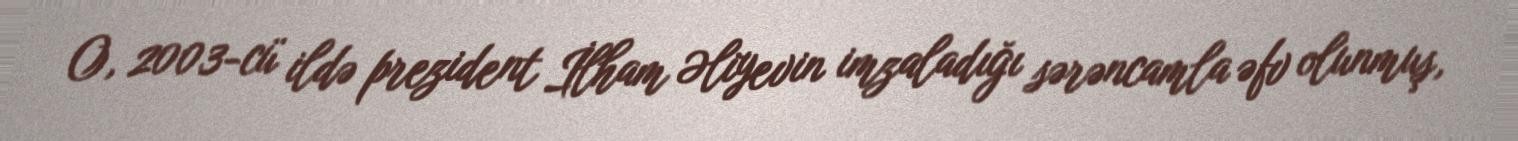
O, 2003-cü ildə prezident İlham Əliyevin imzaladığı sərəncamla əfv olunmuş,